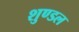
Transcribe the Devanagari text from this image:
शुण्डल